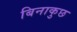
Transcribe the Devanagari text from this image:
बिनाकुछ